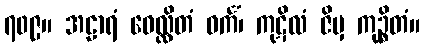
၇၀၉။ အဠာရံ ဝေလ္လိတံ ဝင်္ကံ၊ ကုဋိလံ ဇိမှ ကုဉ္စိတံ။